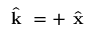
\boldsymbol { \hat { \textbf { k } } } = + \boldsymbol { \hat { \textbf { x } } }